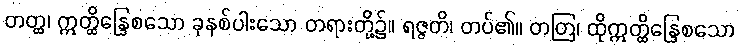
တတ္ထ၊ ဣတ္ထိန္ဒြေစသော ခုနစ်ပါးသော တရားတို့၌။ ရဇ္ဇတိ၊ တပ်၏။ တတြ၊ ထိုဣတ္ထိန္ဒြေစသော